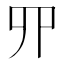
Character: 𠃢